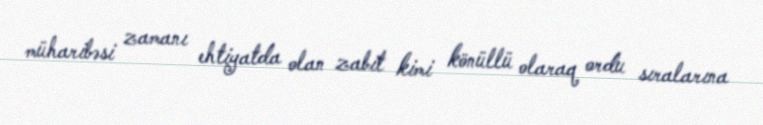
müharibəsi zamanı ehtiyatda olan zabit kimi könüllü olaraq ordu sıralarına